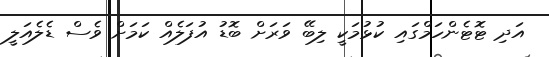
އަދި ޓޮޓެންހަމްގައި ކުޅުމަކީ ލިބޭ ވަރަށް ބޮޑު އުފަލެއް ކަމަށް ވެސް ޑެލެއަލީ